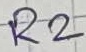
Text: R2